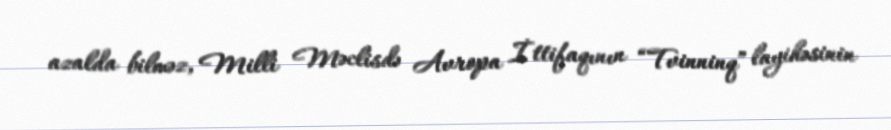
azalda bilməz, Milli Məclisdə Avropa İttifaqının “Tvinninq” layihəsinin